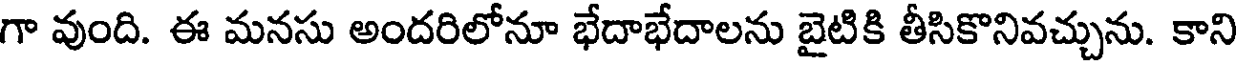
గా వుంది. ఈ మనసు అందరిలోనూ భేదాభేదాలను బైటికి తీసికొనివచ్చును. కాని